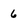
Character: 6